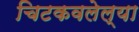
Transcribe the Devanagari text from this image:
चिटकवलेल्या